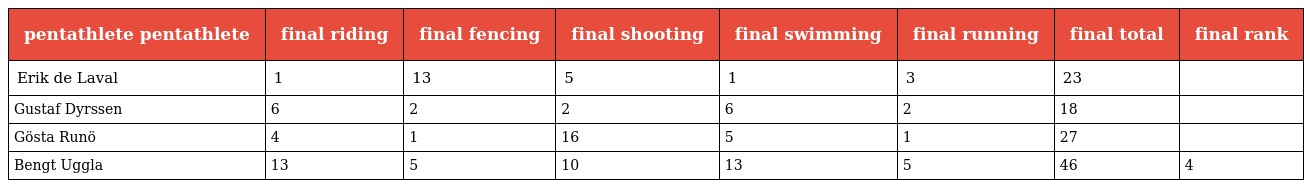
| pentathlete pentathlete | final riding | final fencing | final shooting | final swimming | final running | final total | final rank |
 | --- | --- | --- | --- | --- | --- | --- | --- |
 | Erik de Laval | 1 | 13 | 5 | 1 | 3 | 23 |  |
 | Gustaf Dyrssen | 6 | 2 | 2 | 6 | 2 | 18 |  |
 | Gösta Runö | 4 | 1 | 16 | 5 | 1 | 27 |  |
 | Bengt Uggla | 13 | 5 | 10 | 13 | 5 | 46 | 4 |